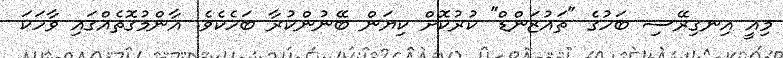
މިއީ އިނގިރޭސި ބަހުގެ "ތައުޒަންޑް" ކުރުކޮށް ކިޔަން ބޭނުންކުރާ ބަހެކެވެ. އާންމުގޮތެއްގައި ވާހަކަ